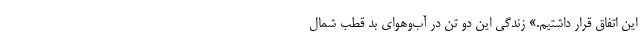
این اتفاق قرار داشتیم.» زندگی این دو تن در آب‌و‌هوای بد قطب شمال